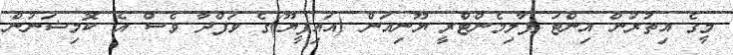
މީގެ އިތުރުން އިންޓަ ޕާލިމެންޓްރީ ޔޫނިއަން (އައިޕީޔޫ)ގެ ވަފްދާ ވެސް އެ ކޮމިޝަނުން